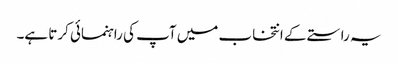
یہ راستے کے انتخاب میں آپ کی راہنمائی کرتا ہے۔